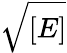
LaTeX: \sqrt{[E]}